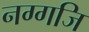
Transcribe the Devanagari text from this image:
नग्गजि